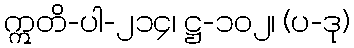
ဣတိ-ပါ-၂၁၄၊ ဋ္ဌ-၁၀၂၊ (ပ-ဒု)